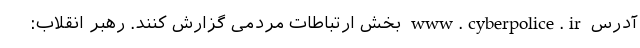
آدرس www.cyberpolice.ir بخش ارتباطات مردمی گزارش کنند. رهبر انقلاب: